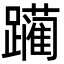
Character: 躏